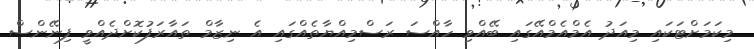
މިކަމަށްޓަކައި މިއަދު އެމްއެމްއޭގައި ބޭއްވި ހާއްސަ ރަސްމިއްޔާތެއްގައި އެ ނިޒާމް ތައާރަފުކޮށްދެއްވީ ފިނޭންސް